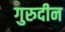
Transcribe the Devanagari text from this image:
गुरुदीन